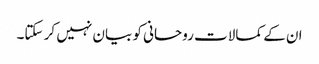
ان کے کمالات روحانی کو بیان نہیں کر سکتا۔